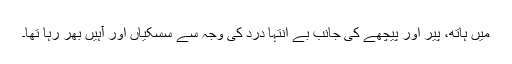
میں ہاتھ، پیر اور پیچھے کی جانب بے انتہا درد کی وجہ سے سسکیاں اور آہیں بھر رہا تھا۔